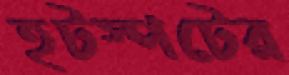
হটস্পটের